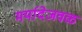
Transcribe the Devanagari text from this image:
मर्यादेजवळ